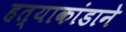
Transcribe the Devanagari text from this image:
हत्याकांडाने